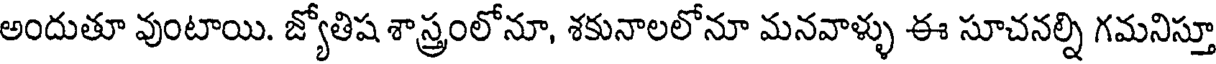
అందుతూ వుంటాయి. జ్యోతిష శాస్త్రంలోనూ, శకునాలలోనూ మనవాళ్ళు ఈ సూచనల్ని గమనిస్తూ